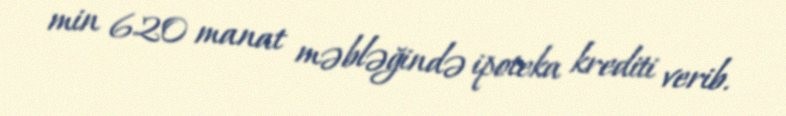
min 620 manat məbləğində ipoteka krediti verib.